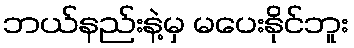
ဘယ်နည်းနဲ့မှ မပေးနိုင်ဘူး